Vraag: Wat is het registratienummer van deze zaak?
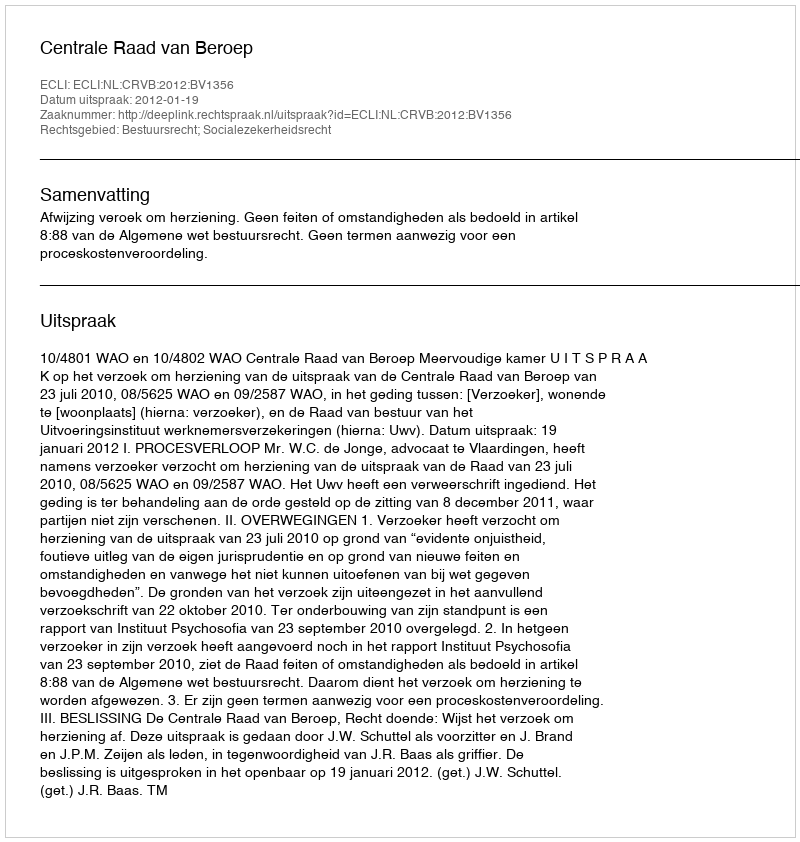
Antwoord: http://deeplink.rechtspraak.nl/uitspraak?id=ECLI:NL:CRVB:2012:BV1356